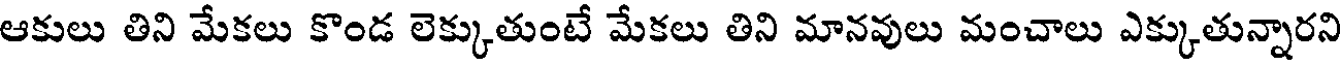
ఆకులు తిని మేకలు కొండ లెక్కుతుంటే మేకలు తిని మానవులు మంచాలు ఎక్కుతున్నారని